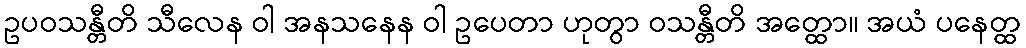
ဥပဝသန္တီတိ သီလေန ဝါ အနသနေန ဝါ ဥပေတာ ဟုတွာ ဝသန္တီတိ အတ္ထော။ အယံ ပနေတ္ထ